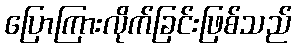
ပြောကြားလိုက်ခြင်းဖြစ်သည်